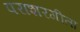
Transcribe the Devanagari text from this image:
पराशरगीता